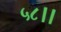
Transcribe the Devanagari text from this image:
५८।।